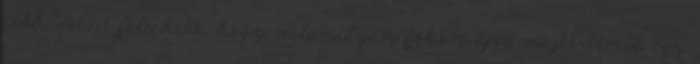
több, mint feltehető, hogy valamilyen fokon újra megtörténik egy